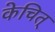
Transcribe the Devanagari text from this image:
केचित्